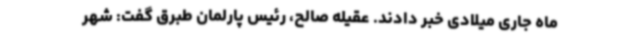
ماه جاری میلادی خبر دادند. عقیله صالح، رئیس پارلمان طبرق گفت: شهر